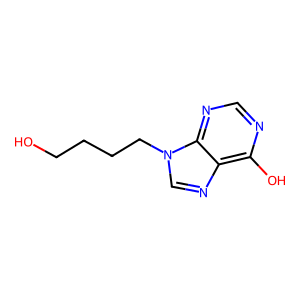
SMILES: OCCCCn1cnc2c(O)ncnc21
Inhibits HIV replication: No